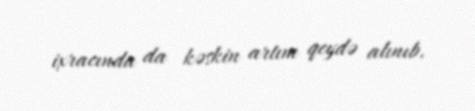
ixracında da kəskin artım qeydə alınıb.